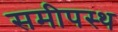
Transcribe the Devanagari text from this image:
समीपस्‍थ